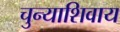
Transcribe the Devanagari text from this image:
चुन्याशिवाय